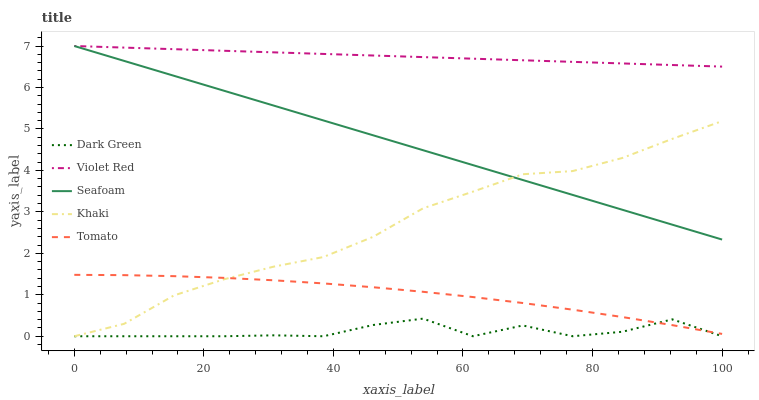
| xaxis_label | Dark Green | Violet Red | Seafoam | Khaki | Tomato |
 | --- | --- | --- | --- | --- | --- |
 | 0 | 0 | 7 | 7 | 0 | 1.48 |
 | 7.69 | 0 | 6.96 | 6.64 | 0.3 | 1.47 |
 | 15.4 | 0 | 6.92 | 6.28 | 0.985 | 1.45 |
 | 23.1 | 0 | 6.89 | 5.92 | 1.37 | 1.41 |
 | 30.8 | 0.0221 | 6.85 | 5.56 | 1.68 | 1.35 |
 | 38.5 | 0 | 6.81 | 5.2 | 1.91 | 1.27 |
 | 46.2 | 0.272 | 6.77 | 4.85 | 2.4 | 1.18 |
 | 53.8 | 0.425 | 6.73 | 4.49 | 3.09 | 1.07 |
 | 61.5 | 0 | 6.69 | 4.13 | 3.49 | 0.945 |
 | 69.2 | 0.26 | 6.66 | 3.77 | 3.91 | 0.802 |
 | 76.9 | 0 | 6.62 | 3.41 | 3.98 | 0.641 |
 | 84.6 | 0.109 | 6.58 | 3.05 | 4.3 | 0.463 |
 | 92.3 | 0.408 | 6.54 | 2.69 | 4.76 | 0.268 |
 | 100 | 0 | 6.5 | 2.33 | 5.19 | 0.0561 |